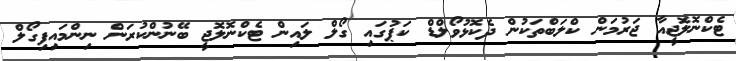
ޓެކްނޮލޮޖީއާ ޖަރުމަން ކްލަބްތަކުން ދެކޮޅުވޯލްޑް ކަޕުގައި ގޯލް ލައިން ޓެކްނޮލޮޖީ ބޭނުންކުރަން ނިންމައިފިގޯލް